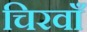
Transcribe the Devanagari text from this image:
चिरवाँ